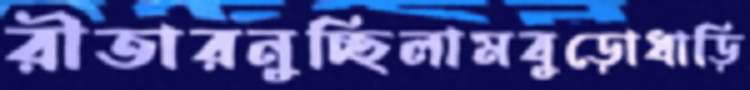
রীতারনুচ্ছিলামবুড়োধাড়ি